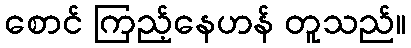
စောင် ကြည့်နေဟန် တူသည်။